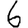
Digit: 6